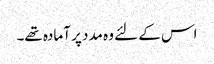
اس کے لئے وہ مدد پر آمادہ تھے۔